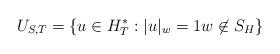
LaTeX: \begin{align*} U_{S,T} = \{ u \in H_T^*: |u|_w = 1 w \not\in S_H \} \end{align*}